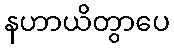
နဟာယိတွာပေ